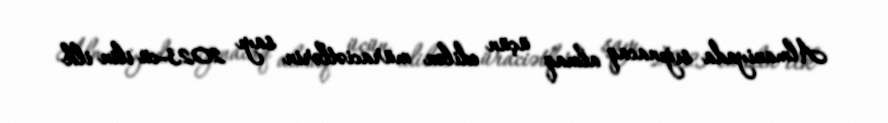
Almaniyada sığınacaq almaq üçün edilən müraciətlərin sayı 2023-cü ilin ilk